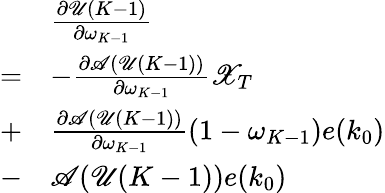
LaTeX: \begin{array}{rl}&{\frac{\partial\mathscr{U}(K-1)}{\partial\omega_{K-1}}}\\ {=}&{-\frac{\partial\mathscr{A}(\mathscr{U}(K-1))}{\partial\omega_{K-1}}\mathscr{X}_{T}}\\ {+}&{\frac{\partial\mathscr{A}(\mathscr{U}(K-1))}{\partial\omega_{K-1}}\left(1-\omega_{K-1}\right)e(k_{0})}\\ {-}&{\mathscr{A}(\mathscr{U}(K-1))e(k_{0})}\end{array}